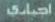
احيابت